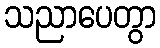
သညာပေတွာ